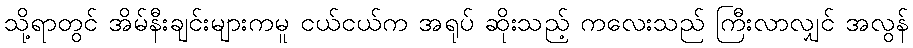
သို့ရာတွင် အိမ်နီးချင်းများကမူ ငယ်ငယ်က အရုပ် ဆိုးသည့် ကလေးသည် ကြီးလာလျှင် အလွန်